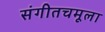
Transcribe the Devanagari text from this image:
संगीतचमूला